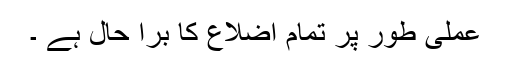
عملی طور پر تمام اضلاع کا برا حال ہے ۔